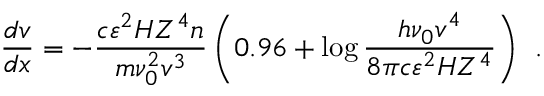
\qquad \qquad \qquad \qquad \qquad \frac { d v } { d x } = - \frac { c \varepsilon ^ { 2 } H Z ^ { 4 } n } { m \nu _ { 0 } ^ { 2 } v ^ { 3 } } \left( { 0 . 9 6 + \log \frac { h \nu _ { 0 } v ^ { 4 } } { 8 \pi c \varepsilon ^ { 2 } H Z ^ { 4 } } } \right) ~ ~ . \qquad \qquad \qquad \qquad ( 1 7 ^ { \prime } )